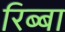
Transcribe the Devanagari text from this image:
रिब्बा